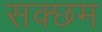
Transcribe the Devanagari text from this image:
सक्छम